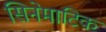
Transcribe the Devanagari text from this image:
सिनेमाटिक